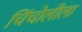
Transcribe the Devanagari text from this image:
चिंचोलीला